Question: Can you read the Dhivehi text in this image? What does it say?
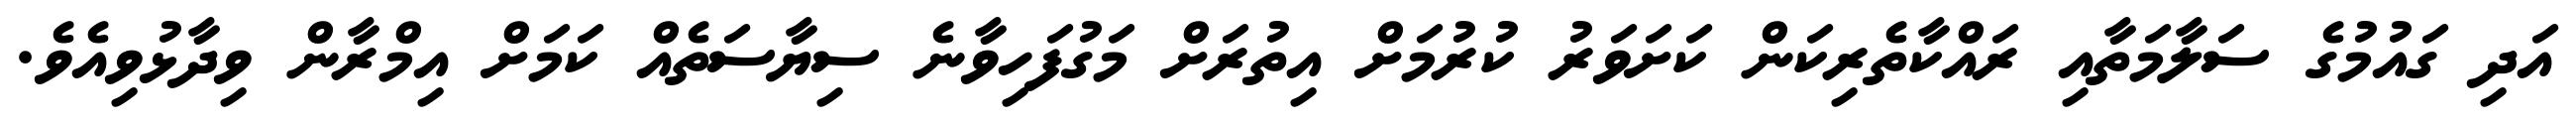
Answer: އަދި ގައުމުގެ ސަލާމަތާއި ރައްކާތެރިކަން ކަށަވަރު ކުރުމަށް އިތުރަށް މަގުފަހިވާނެ ސިޔާސަތެއް ކަމަށް އިމްރާން ވިދާޅުވިއެވެ.